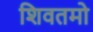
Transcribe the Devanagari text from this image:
शिवतमो